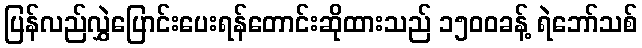
ပြန်လည်လွှဲပြောင်းပေးရန်တောင်းဆိုထားသည် ၁၅၀၀ခန့် ရဲဘော်သစ်